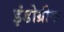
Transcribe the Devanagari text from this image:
इंडोग्रीक